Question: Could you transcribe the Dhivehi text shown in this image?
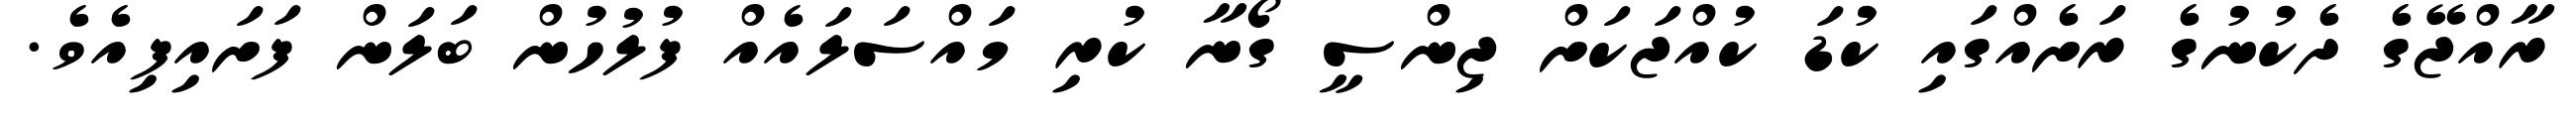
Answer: ރާއްޖޭގެ ދެކުނުގެ ރަށެއްގައި ކުޑަ ކުއްޖަކަށް ޖިންސީ ގޯނާ ކުރި މައްސަލައެއް ފުލުހުން ބަލަން ފަށައިފިއެވެ.